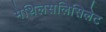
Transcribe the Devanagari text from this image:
मेथिलसेलिसिलेट